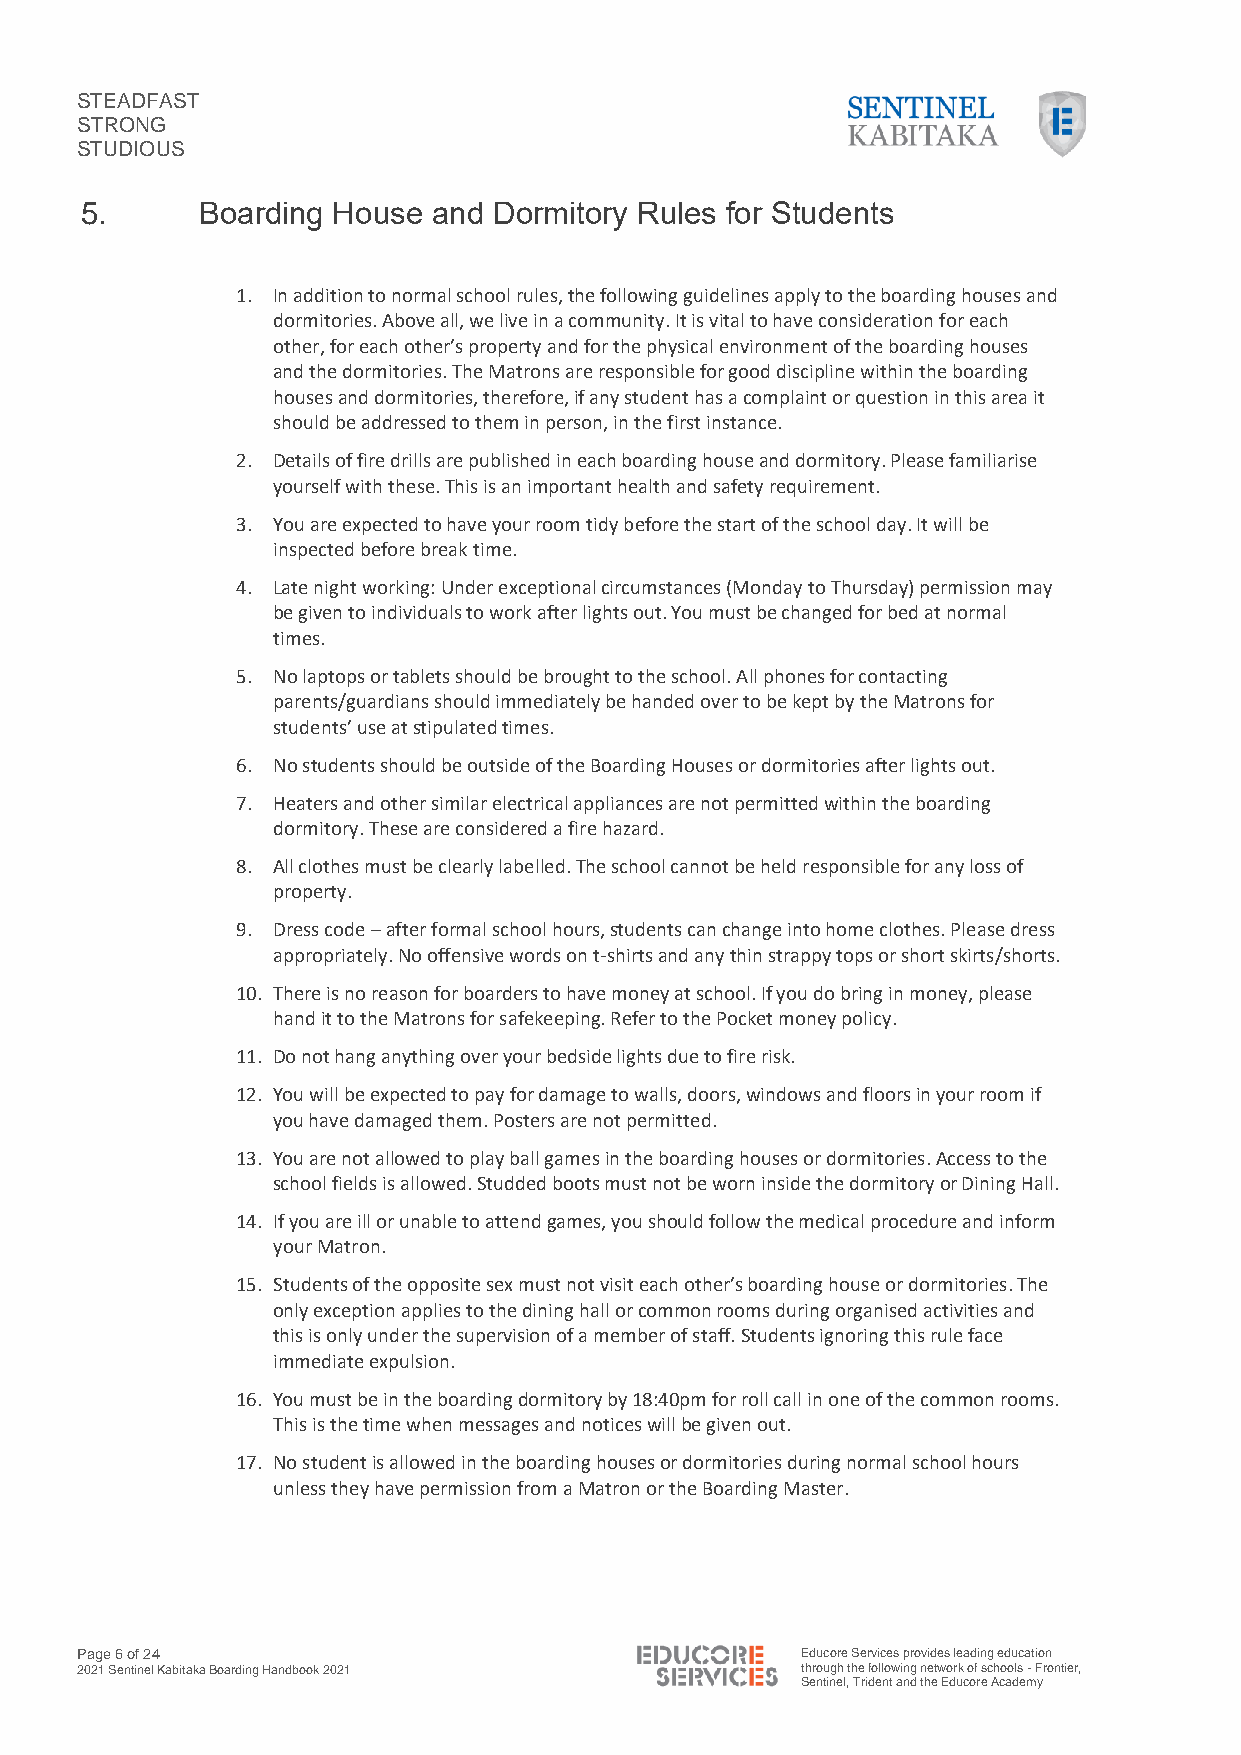
STEADFAST
 STRONG
 STUDIOUS
 5.      Boarding House  and Dormitory Rules for Students
 1. In addition to normal school rules, the following guidelines apply to the boarding houses and
 dormitories. Above all, we live in a community. It is vital to have consideration for each
 other, for each other’s property and for the physical environment of the boarding houses
 and the dormitories. The Matrons are responsible for good discipline within the boarding
 houses and dormitories, therefore, if any student has a complaint or question in this area it
 should be addressed to them in person, in the first instance.
 2. Details of fire drills are published in each boarding house and dormitory. Please familiarise
 yourself with these. This is an important health and safety requirement.
 3. You are expected to have your room tidy before the start of the school day. It will be
 inspected before break time.
 4. Late night working: Under exceptional circumstances (Monday to Thursday) permission may
 be given to individuals to work after lights out. You must be changed for bed at normal
 times.
 5. No laptops or tablets should be brought to the school. All phones for contacting
 parents/guardians should immediately be handed over to be kept by the Matrons for
 students’ use at stipulated times.
 6. No students should be outside of the Boarding Houses or dormitories after lights out.
 7. Heaters and other similar electrical appliances are not permitted within the boarding
 dormitory. These are considered a fire hazard.
 8. All clothes must be clearly labelled. The school cannot be held responsible for any loss of
 property.
 9. Dress code – after formal school hours, students can change into home clothes. Please dress
 appropriately. No offensive words on t-shirts and any thin strappy tops or short skirts/shorts.
 10. There is no reason for boarders to have money at school. If you do bring in money, please
 hand it to the Matrons for safekeeping. Refer to the Pocket money policy.
 11. Do not hang anything over your bedside lights due to fire risk.
 12. You will be expected to pay for damage to walls, doors, windows and floors in your room if
 you have damaged them. Posters are not permitted.
 13. You are not allowed to play ball games in the boarding houses or dormitories. Access to the
 school fields is allowed. Studded boots must not be worn inside the dormitory or Dining Hall.
 14. If you are ill or unable to attend games, you should follow the medical procedure and inform
 your Matron.
 15. Students of the opposite sex must not visit each other’s boarding house or dormitories. The
 only exception applies to the dining hall or common rooms during organised activities and
 this is only under the supervision of a member of staff. Students ignoring this rule face
 immediate expulsion.
 16. You must be in the boarding dormitory by 18:40pm for roll call in one of the common rooms.
 This is the time when messages and notices will be given out.
 17. No student is allowed in the boarding houses or dormitories during normal school hours
 unless they have permission from a Matron or the Boarding Master.
 Page 6 of 24                                    Educore Services provides leading education
 2021 Sentinel Kabitaka Boarding Handbook 2021   through the following network of schools - Frontier,
 Sentinel, Trident and the Educore Academy